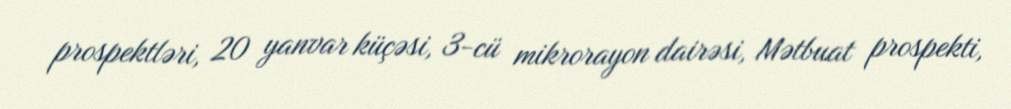
prospektləri, 20 yanvar küçəsi, 3-cü mikrorayon dairəsi, Mətbuat prospekti,